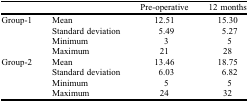
<table><thead><tr><td></td><td></td><td><b>Pre-operative</b></td><td><b>12 months</b></td></tr></thead><tbody><tr><td rowspan="4">Group-1</td><td>Mean</td><td>12.51</td><td>15.30</td></tr><tr><td>Standard deviation</td><td>5.49</td><td>5.27</td></tr><tr><td>Minimum</td><td>3</td><td>5</td></tr><tr><td>Maximum</td><td>21</td><td>28</td></tr><tr><td rowspan="4">Group-2</td><td>Mean</td><td>13.46</td><td>18.75</td></tr><tr><td>Standard deviation</td><td>6.03</td><td>6.82</td></tr><tr><td>Minimum</td><td>5</td><td>5</td></tr><tr><td>Maximum</td><td>24</td><td>32</td></tr></tbody></table>